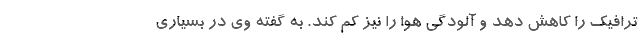
ترافیک را کاهش دهد و آلودگی هوا را نیز کم کند. به گفته وی در بسیاری